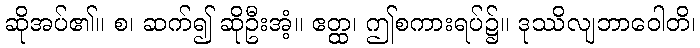
ဆိုအပ်၏။ စ၊ ဆက်၍ ဆိုဦးအံ့။ ဧတ္ထ၊ ဤစကားရပ်၌။ ဒုဿိလျဘာဝေါတိ၊